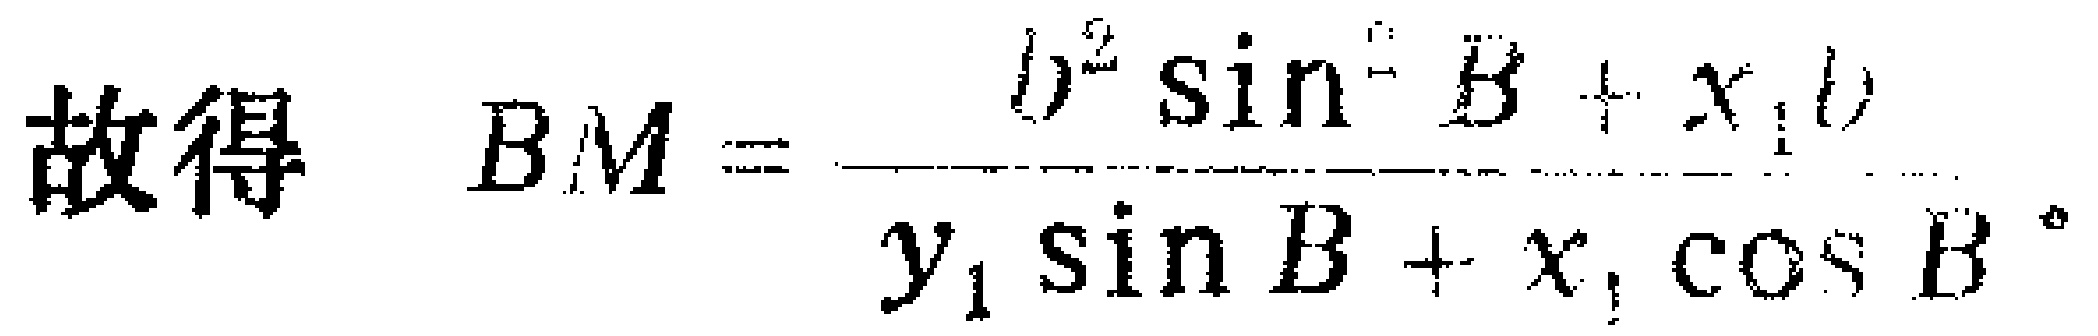
故得 \(BM = \frac{b^{2}\sin^{2}B + x_{1}b}{y_{1}\sin B + x_{1}\cos B}\)。